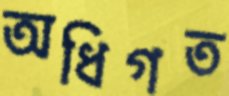
অধিগত